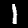
Label: 1